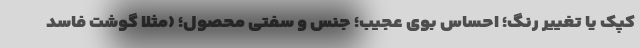
کپک یا تغییر رنگ؛ احساس بوی عجیب؛ جنس و سفتی محصول؛ (مثلا گوشت فاسد